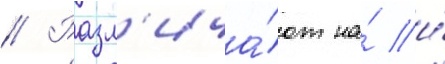
// Разл'ича́ют на́ и́